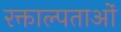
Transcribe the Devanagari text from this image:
रक्ताल्पताओं